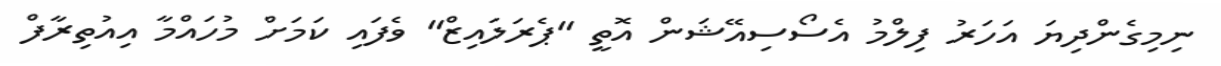
ނިމިގެންދިޔަ އަހަރު ފިލްމު އެސޯސިއޭޝަން އޮތީ "ޕެރަލައިޒް" ވެފައި ކަމަށް މުހައްމާ އިއުތިރާފް